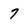
Character: 7